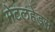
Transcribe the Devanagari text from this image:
मेटलहेड्स